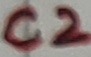
Text: C2